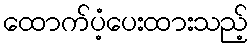
ထောက်ပံ့ပေးထားသည့်